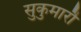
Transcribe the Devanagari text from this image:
सुकुमारौ